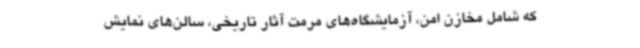
که شامل مخازن امن، آزمایشگاه‌های مرمت آثار تاریخی، سالن‌های نمایش